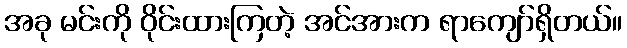
အခု မင်းကို ဝိုင်းထားကြတဲ့ အင်အားက ရာကျော်ရှိတယ်။